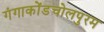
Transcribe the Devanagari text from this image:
गंगाकोंडचोलपुरम